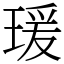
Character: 瑗